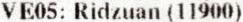
VE05: RIDZUAN (11900)